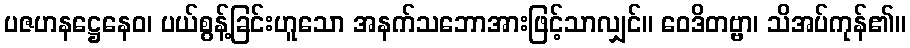
ပဇဟနဋ္ဌေနေဝ၊ ပယ်စွန့်ခြင်းဟူသော အနက်သဘောအားဖြင့်သာလျှင်။ ဝေဒိတဗ္ဗာ၊ သိအပ်ကုန်၏။